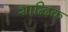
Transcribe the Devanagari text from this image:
शाद्बिक